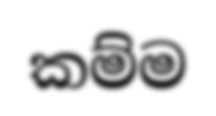
කම්ම